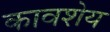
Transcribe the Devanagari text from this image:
कावशेय